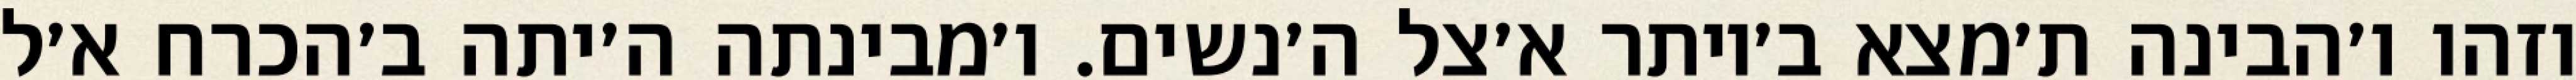
וזהו ו׳הבינה ת׳מצא ב׳יותר א׳צל ה׳נשים. ו׳מבינתה ה׳יתה ב׳הכרח א׳ל